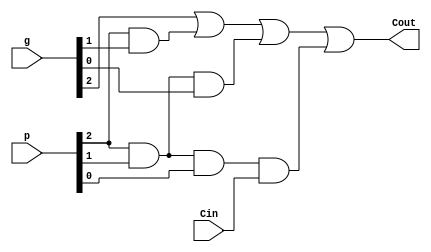
`timescale 1ns / 1ps

module Carry_Block_3(
    output Cout,
    input [5:0] p,
    input [5:0] g,
    input Cin
    );

	assign Cout = g[2] | (p[2]&g[1]) | (p[2]&p[1]&g[0]) | (p[2]&p[1]&p[0]&Cin);



endmodule